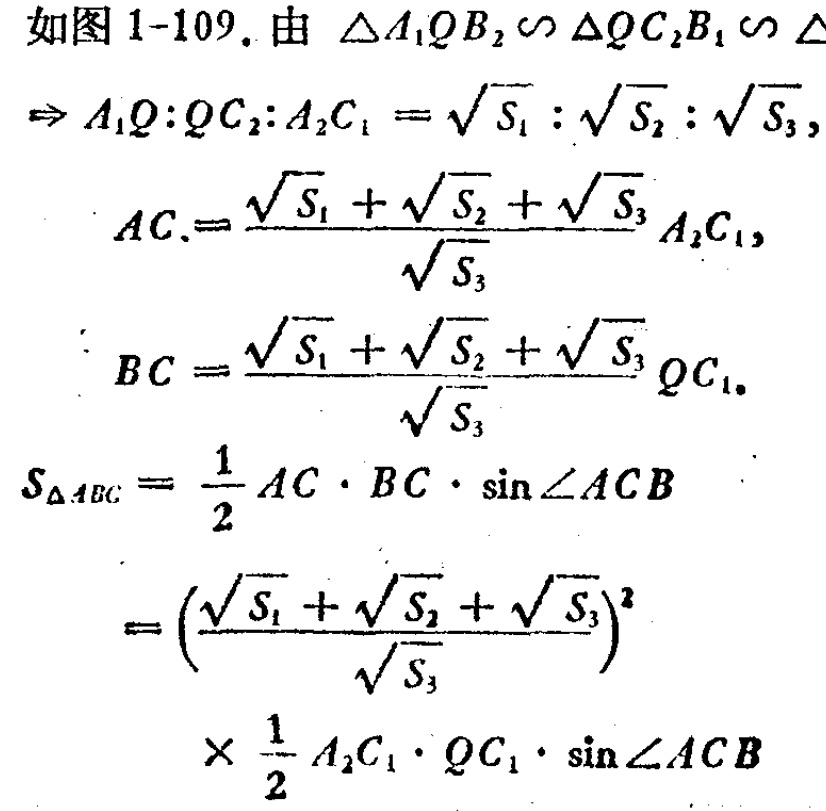
如图 1-109. 由 $\triangle A_{1}QB_{2} \backsim \triangle QC_{2}B_{1} \backsim \triangle$

$\Rightarrow A_{1}Q:QC_{2}:A_{2}C_{1}=\sqrt{S_{1}}:\sqrt{S_{2}}:\sqrt{S_{3}},$

\[

AC.=\frac{\sqrt{S_{1}}+\sqrt{S_{2}}+\sqrt{S_{3}}}{\sqrt{S_{3}}}A_{2}C_{1},

\]

\[

BC = \frac{\sqrt{S_{1}}+\sqrt{S_{2}}+\sqrt{S_{3}}}{\sqrt{S_{3}}}QC_{1}.

\]

\[

\begin{align*}

S_{\triangle ABC}&=\frac{1}{2}AC\cdot BC\cdot\sin\angle ACB\\

&=\left(\frac{\sqrt{S_{1}}+\sqrt{S_{2}}+\sqrt{S_{3}}}{\sqrt{S_{3}}}\right)^{2}\\

&\times\frac{1}{2}A_{2}C_{1}\cdot QC_{1}\cdot\sin\angle ACB

\end{align*}

\]